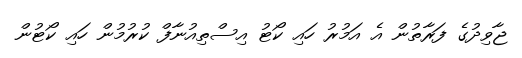
ޖާވިދުގެ ފަރާތުން އެ އަމުރު ހައި ކޯޓު އިސްތިއުނާފް ކުރުމުން ހައި ކޯޓުން